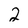
Character: 2